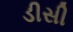
ડીસી